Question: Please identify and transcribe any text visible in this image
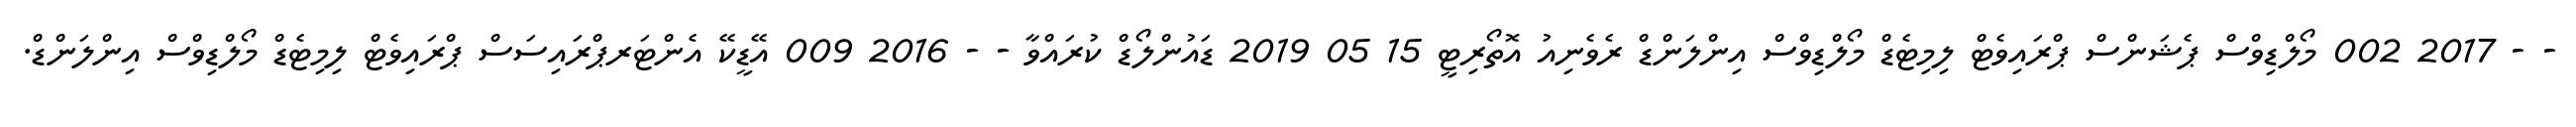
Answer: - - 2017 002 މޯލްޑިވްސް ޕެޝަންސް ޕްރައިވެޓް ލިމިޓެޑް މޯލްޑިވްސް އިންލަންޑް ރެވެނިއު އޮތޯރިޓީ 15 05 2019 ޑައުންލޯޑް ކުރައްވާ - - 2016 009 އޭޑީކޭ އެންޓަރޕްރައިސަސް ޕްރައިވެޓް ލިމިޓެޑް މޯލްޑިވްސް އިންލަންޑް.